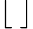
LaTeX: \lfloor\ \rfloor